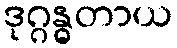
ဒုဂ္ဂန္ဓတာယ